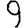
Digit: 9